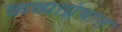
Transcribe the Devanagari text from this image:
कव्याग्रंथात